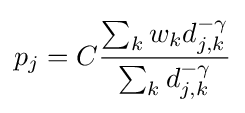
p_{j}=C{\frac {\sum _{k}w_{k}d_{j,k}^{-\gamma }}{\sum _{k}d_{j,k}^{-\gamma }}}